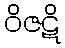
ဝိဇဋိ